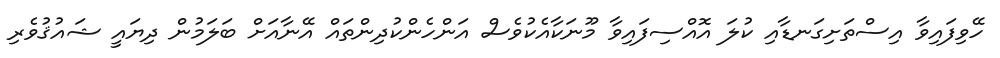
ހޭވިފައިވާ އިސްތަށިގަނޑާއި ކުލަ އޮއްސިފައިވާ މޫނަކާއެކުވެސް އަންހެންކުދިންތައް އޭނާއަށް ބަލަމުން ދިޔައީ ޝައުޤުވެރި